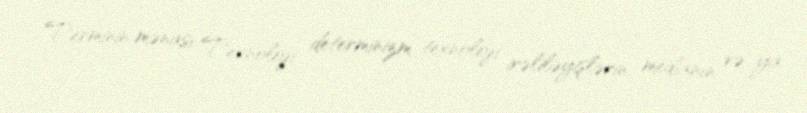
Terminin mənası Texnoloji determinizm texnoloji irəliləyişlərin, medianın və ya